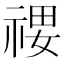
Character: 𰨄